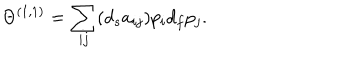
LaTeX: \Theta ^ { ( 1 , 1 ) } = \sum _ { i j } ( d _ { s } a _ { i j } ) p _ { i } d _ { f } p _ { j } .